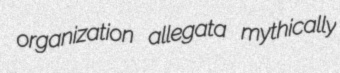
organization allegata mythically